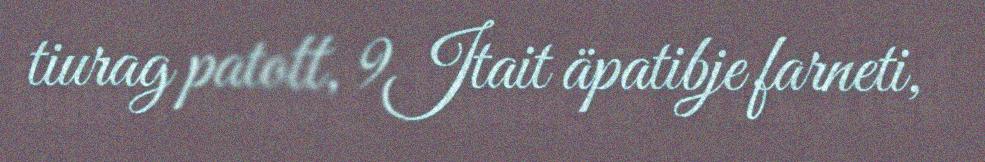
tiurag patott, 9Jtait äpatibje farneti,